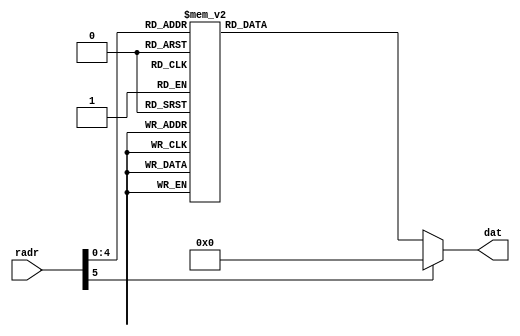
module m_font_rom(input [5:0] radr, output [9:0] dat);
	function [9:0] FontDec;
		input [5:0] dadr;
		begin
			case(dadr)
				6'd03: FontDec=10'h1ff;
				6'd04: FontDec=10'h010;
				6'd05: FontDec=10'h010;
				6'd06: FontDec=10'h010;
				6'd07: FontDec=10'h1ff;
				6'd11: FontDec=10'h1ff;
				6'd12: FontDec=10'h111;
				6'd13: FontDec=10'h111;
				6'd14: FontDec=10'h111;
				6'd15: FontDec=10'h101;
				6'd19: FontDec=10'h1ff;
				6'd20: FontDec=10'h100;
				6'd21: FontDec=10'h100;
				6'd22: FontDec=10'h100;
				6'd23: FontDec=10'h100;
				6'd27: FontDec=10'h1ff;
				6'd28: FontDec=10'h021;
				6'd29: FontDec=10'h021;
				6'd30: FontDec=10'h021;
				6'd31: FontDec=10'h01e;
				default: FontDec=10'h000;
				endcase
			end
		endfunction
		assign dat=FontDec(radr);
endmodule


module m_1ms_clk(input clk, output clk1ms);
	reg [19:0] cnt;
	reg r1ms;
	wire wcout;
	
	assign wcout=(cnt==20'd24999) ? 1'b1 : 1'b0;
	assign clk1ms=r1ms;
	always @(posedge clk) begin
		if(wcout==1'b1) begin
			cnt=0;
			r1ms=~r1ms;
		end
		else begin
			cnt=cnt+1;
		end
	end
endmodule